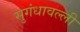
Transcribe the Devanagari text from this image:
सुगंधावल्ली